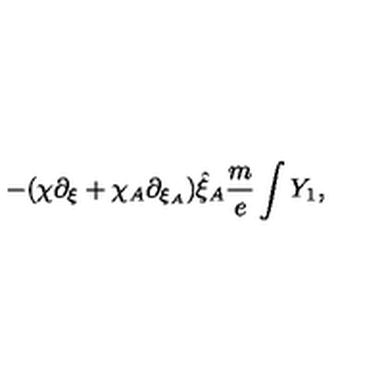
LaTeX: - ( \chi \partial _ { \xi } + \chi _ { A } \partial _ { \xi _ { A } } ) \hat { \xi } _ { A } \frac { m } { e } \int Y _ { 1 } ,